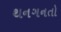
થનગનતો